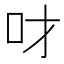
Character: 𠮹